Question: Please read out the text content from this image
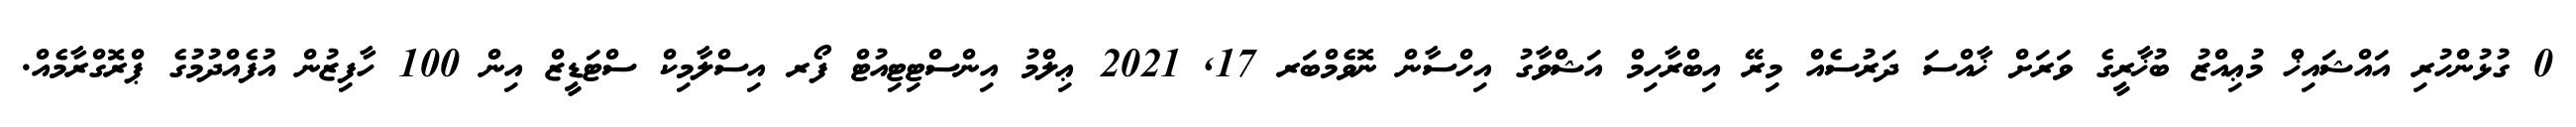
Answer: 0 ގުޅުންހުރި އައްޝައިޚް މުޢިއްޒު ބުޚާރީގެ ވަރަށް ޚާއްސަ ދަރުސެއް މިރޭ އިބްރާހިމް އަޝްވާގު އިހްސާން ނޮވެމްބަރ 17, 2021 ޢިލްމު އިންސްޓިޓިއުޓް ފޯރ އިސްލާމިކް ސްޓަޑީޒް އިން 100 ހާފިޒުން އުފެއްދުމުގެ ޕްރޮގްރާމެއް.